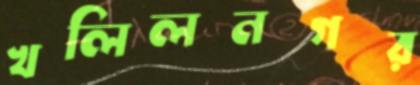
খলিলনগর